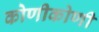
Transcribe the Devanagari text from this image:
कोणीकोणी